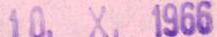
10.X.1966